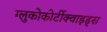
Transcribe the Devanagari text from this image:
ग्लुकोकोर्टीक्वाइड्स